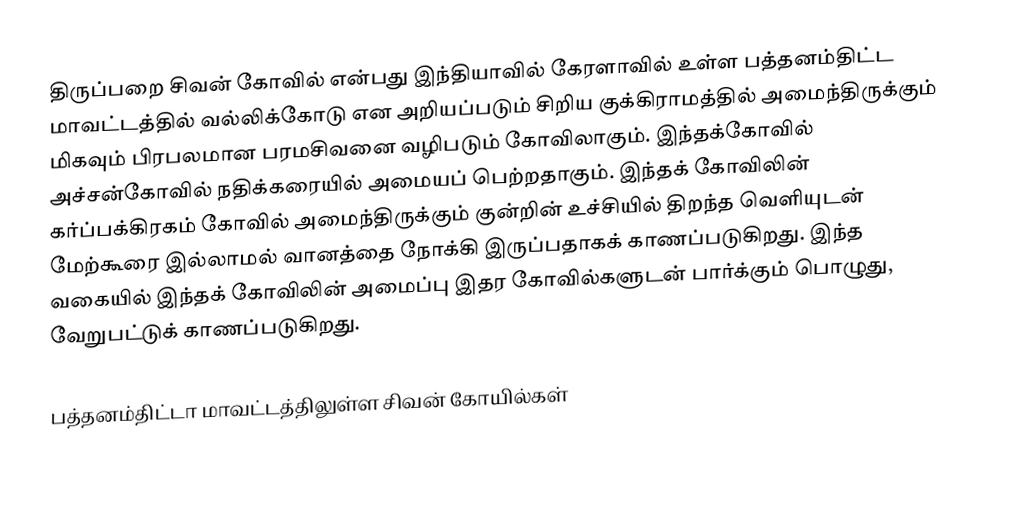
திருப்பறை சிவன் கோவில் என்பது இந்தியாவில் கேரளாவில் உள்ள பத்தனம்திட்ட மாவட்டத்தில் வல்லிக்கோடு என அறியப்படும் சிறிய குக்கிராமத்தில் அமைந்திருக்கும் மிகவும் பிரபலமான பரமசிவனை வழிபடும் கோவிலாகும். இந்தக்கோவில் அச்சன்கோவில் நதிக்கரையில் அமையப் பெற்றதாகும். இந்தக் கோவிலின் கர்ப்பக்கிரகம் கோவில் அமைந்திருக்கும் குன்றின் உச்சியில் திறந்த வெளியுடன் மேற்கூரை இல்லாமல் வானத்தை நோக்கி இருப்பதாகக் காணப்படுகிறது. இந்த வகையில் இந்தக் கோவிலின் அமைப்பு இதர கோவில்களுடன் பார்க்கும் பொழுது, வேறுபட்டுக் காணப்படுகிறது.

பத்தனம்திட்டா மாவட்டத்திலுள்ள சிவன் கோயில்கள்